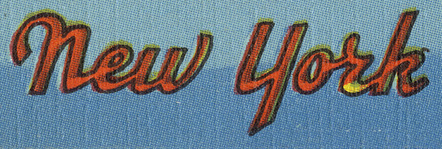
new york